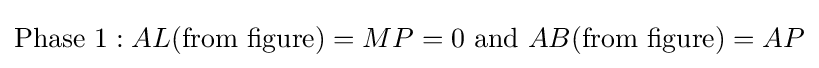
{\text{Phase 1}}:AL({\text{from figure}})=MP=0{\text{ and }}AB({\text{from figure}})=AP